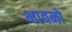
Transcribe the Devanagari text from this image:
भावनो